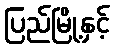
ပြည်မြို့နှင့်